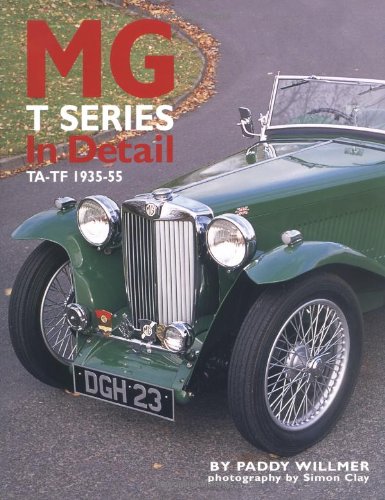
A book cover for MG T Series In Detail: TA-TF 1935-55 (In Detail); Paddy Willmer; Engineering & Transportation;